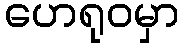
ဟေရုဝမှာ